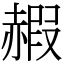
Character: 赮